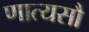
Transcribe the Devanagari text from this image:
णात्यसौ